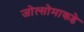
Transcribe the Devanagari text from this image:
जोत्सोमाकडे